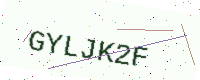
Text: GYLJK2F